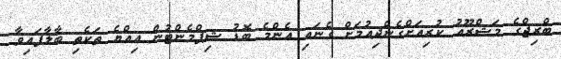
ބްރިޖްގެ މަޝްރޫއު ކުރިއަށްގެންދިއުމަށް ގެނައި އެންމެ ބޮޑު ޝިޕްމެންޓުން އިއްޔެ ތަކެތި ބާލާފައިވާ